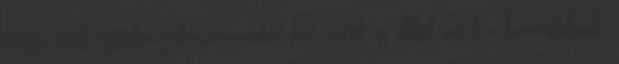
megterített asztalra gabonamagvakat helyeztek és abból adtak a baromfiaknak,